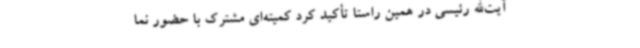
آیت‌الله رئیسی در همین راستا تأکید کرد کمیته‌ای مشترک با حضور نما